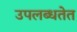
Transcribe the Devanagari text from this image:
उपलब्धतेत